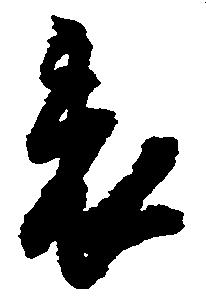
表